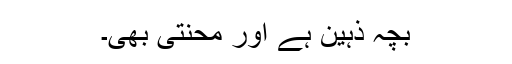
بچہ ذہین ہے اور محنتی بھی۔